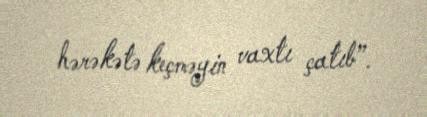
hərəkətə keçməyin vaxtı çatıb”.